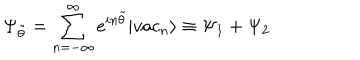
\Psi _ { \tilde { \theta } } = \sum _ { n = - \infty } ^ { \infty } e ^ { i n \tilde { \theta } } | v a c _ { n } \rangle \equiv \Psi _ { 1 } + \Psi _ { 2 }